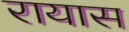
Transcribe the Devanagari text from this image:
रायास